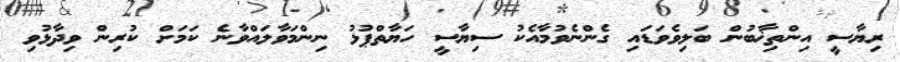
ރިޔާސީ އިންތިޚާބުން ބަލިވެވަޑައި ގެންނެވުމާއެކު ސިޔާސީ ހަޔާތްޕުޅު ނިންމަވާލައްވާނެ ކަމަށް ކުރިން ވިދާޅުވި